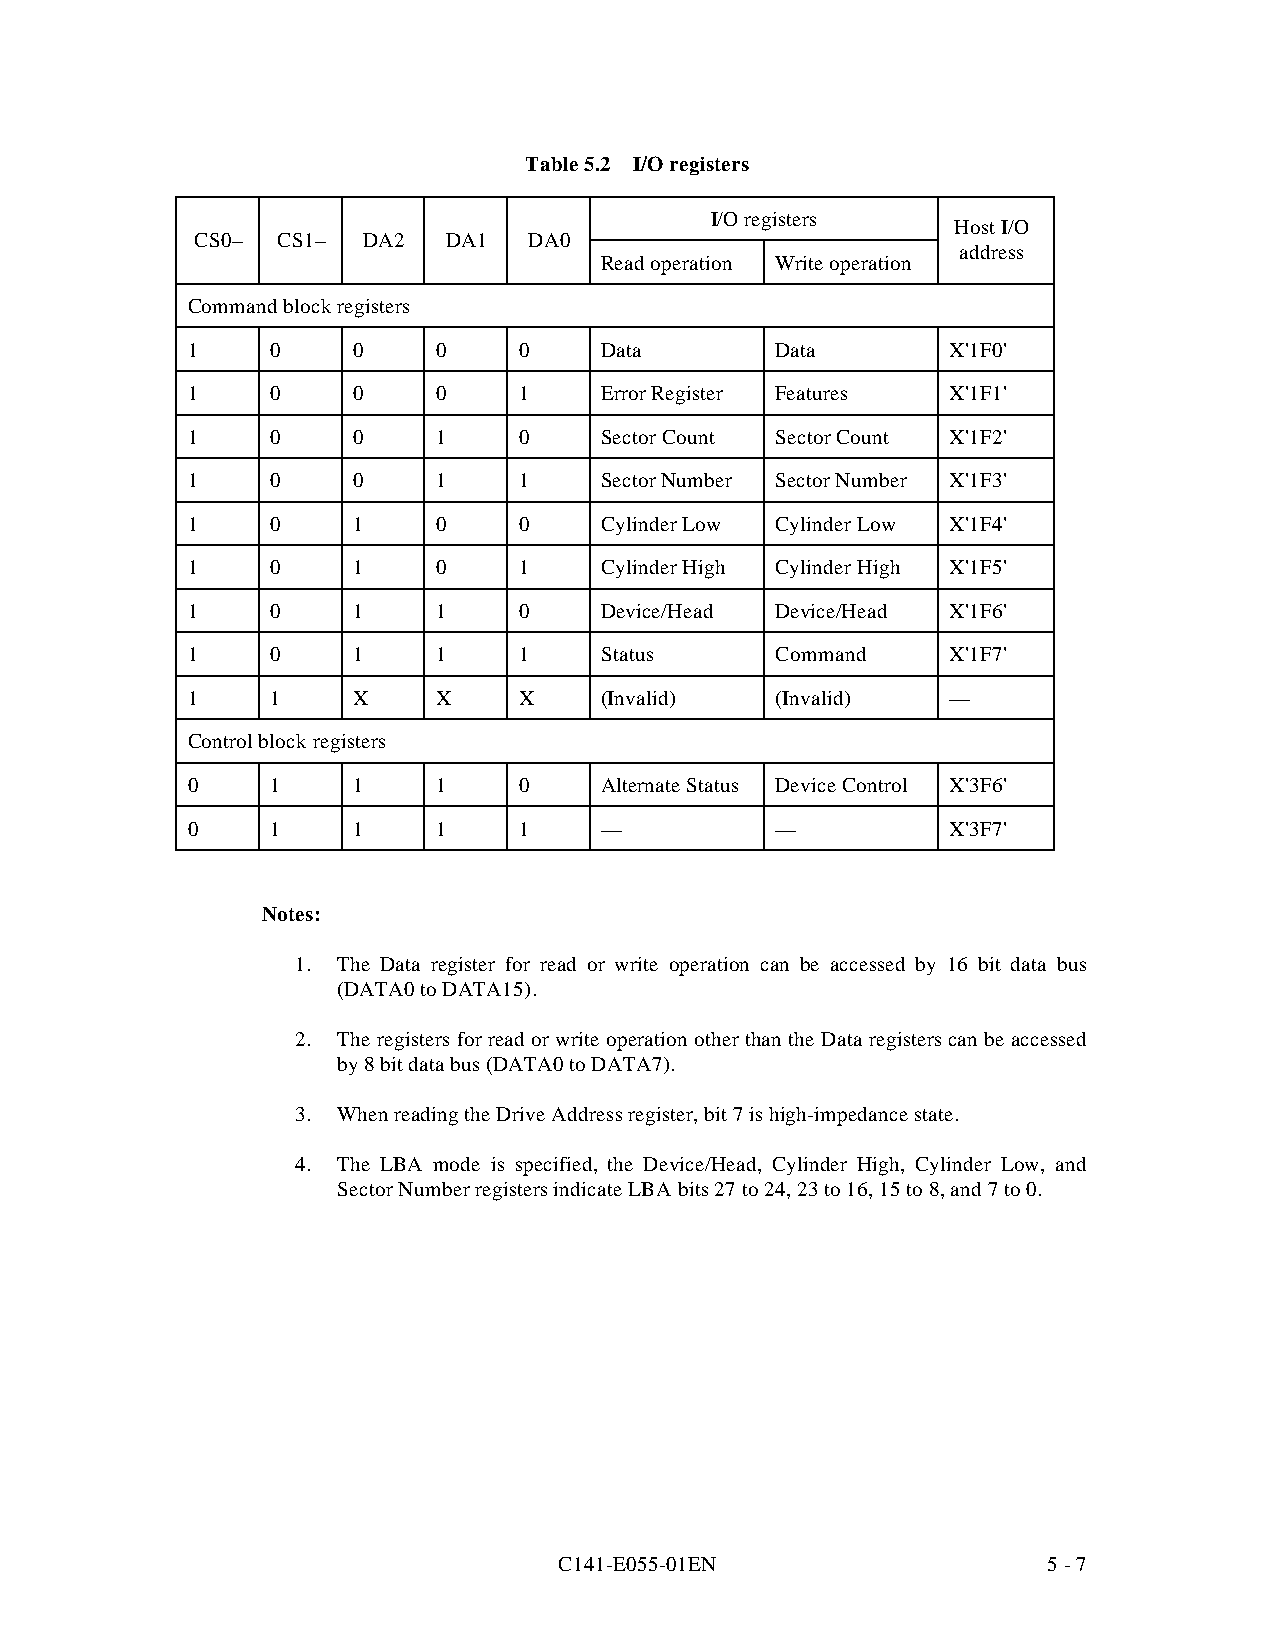
Table 5.2 I/O registers
 I/O registers
 Host I/O
 CS0– CS1–  DA2   DA1  DA0
 address
 Read operation Write operation
 Command block registers
 1     0    0     0    0     Data       Data        X'1F0'
 1     0    0     0    1     Error Register Features X'1F1'
 1     0    0     1    0     Sector Count Sector Count X'1F2'
 1     0    0     1    1     Sector Number Sector Number X'1F3'
 1     0    1     0    0     Cylinder Low Cylinder Low X'1F4'
 1     0    1     0    1     Cylinder High Cylinder High X'1F5'
 1     0    1     1    0     Device/Head Device/Head X'1F6'
 1     0    1     1    1     Status     Command     X'1F7'
 1     1    X     X    X     (Invalid)  (Invalid)   —
 Control block registers
 0     1    1     1    0     Alternate Status Device Control X'3F6'
 0     1    1     1    1     —          —           X'3F7'
 Notes:
 1. The Data register for read or write operation can be accessed by 16 bit data bus
 (DATA0 to DATA15).
 2. The registers for read or write operation other than the Data registers can be accessed
 by 8 bit data bus (DATA0 to DATA7).
 3. When reading the Drive Address register, bit 7 is h igh-impedance state.
 4. The LBA mode is specified, the Device/Head, Cylinder High, Cylinder Low, and
 Sector Number registers indicate LBA bits 27 to 24, 23 to 16, 15 to 8, and 7 to 0.
 C141-E055-01EN                  5 - 7